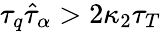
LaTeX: \tau_{q}\hat{\tau}_{\alpha}>2\kappa_{2}\tau_{T}